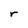
Character: r